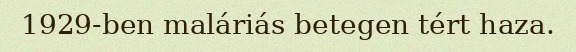
1929-ben maláriás betegen tért haza.